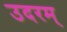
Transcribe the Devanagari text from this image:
उदरम्‌